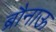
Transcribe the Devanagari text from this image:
ब्रौनाऊ